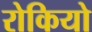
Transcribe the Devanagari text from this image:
रोकियो